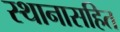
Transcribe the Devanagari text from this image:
स्थानासहित